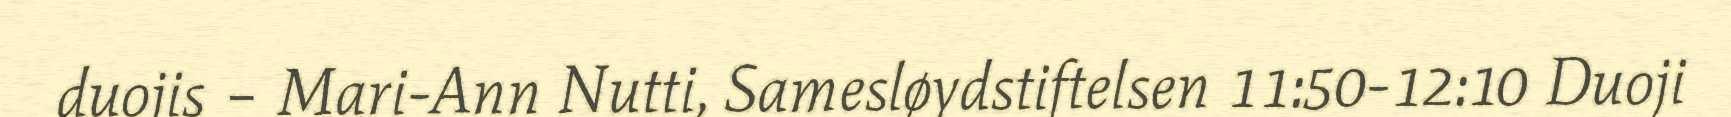
duojis – Mari-Ann Nutti, Samesløydstiftelsen 11:50-12:10 Duoji